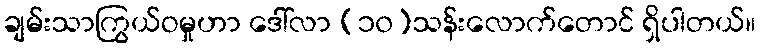
ချမ်းသာကြွယ်ဝမှုဟာ ဒေါ်လာ (၁၀)သန်းလောက်တောင် ရှိပါတယ်။